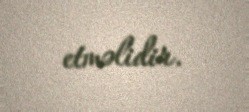
etməlidir.